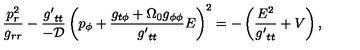
\frac { p _ { r } ^ { 2 } } { g _ { r r } } - \frac { { g ^ { \prime } } _ { t t } } { - \cal D } \left( p _ { \phi } + \frac { g _ { t \phi } + \Omega _ { 0 } g _ { \phi \phi } } { { g ^ { \prime } } _ { t t } } E \right) ^ { 2 } = - \left( \frac { E ^ { 2 } } { { g ^ { \prime } } _ { t t } } + V \right) ,